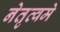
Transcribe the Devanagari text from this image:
नेतृत्वमे